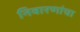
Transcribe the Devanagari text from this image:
निवारणांचा